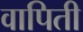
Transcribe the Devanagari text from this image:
वापिती